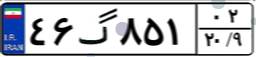
۴۶گ۸۵۱۰۲